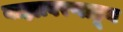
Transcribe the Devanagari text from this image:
बाह्यावरणाहून